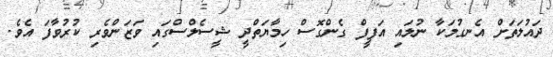
ދައުލަތަށް އެނގުމަކާ ނުލައި އަފީފް ގެންގޮސް ހިމާޔަތްދީ ޝީސެލްސްގައި ވަޒަންވެރި ކުރުވާފަ އެވެ.